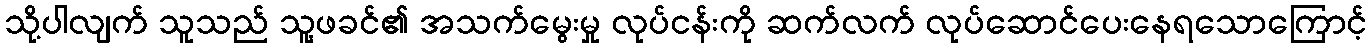
သို့ပါလျက် သူသည် သူ့ဖခင်၏ အသက်မွေးမှု လုပ်ငန်းကို ဆက်လက် လုပ်ဆောင်ပေးနေရသောကြောင့်